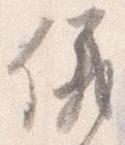
儀